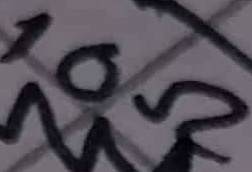
Text: 10Ω